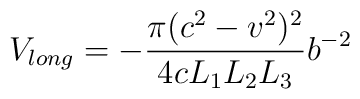
V_{long} =-\frac{\pi (c^2 - v^2)^2}{4 c L_1 L_2 L_3} b^{-2}